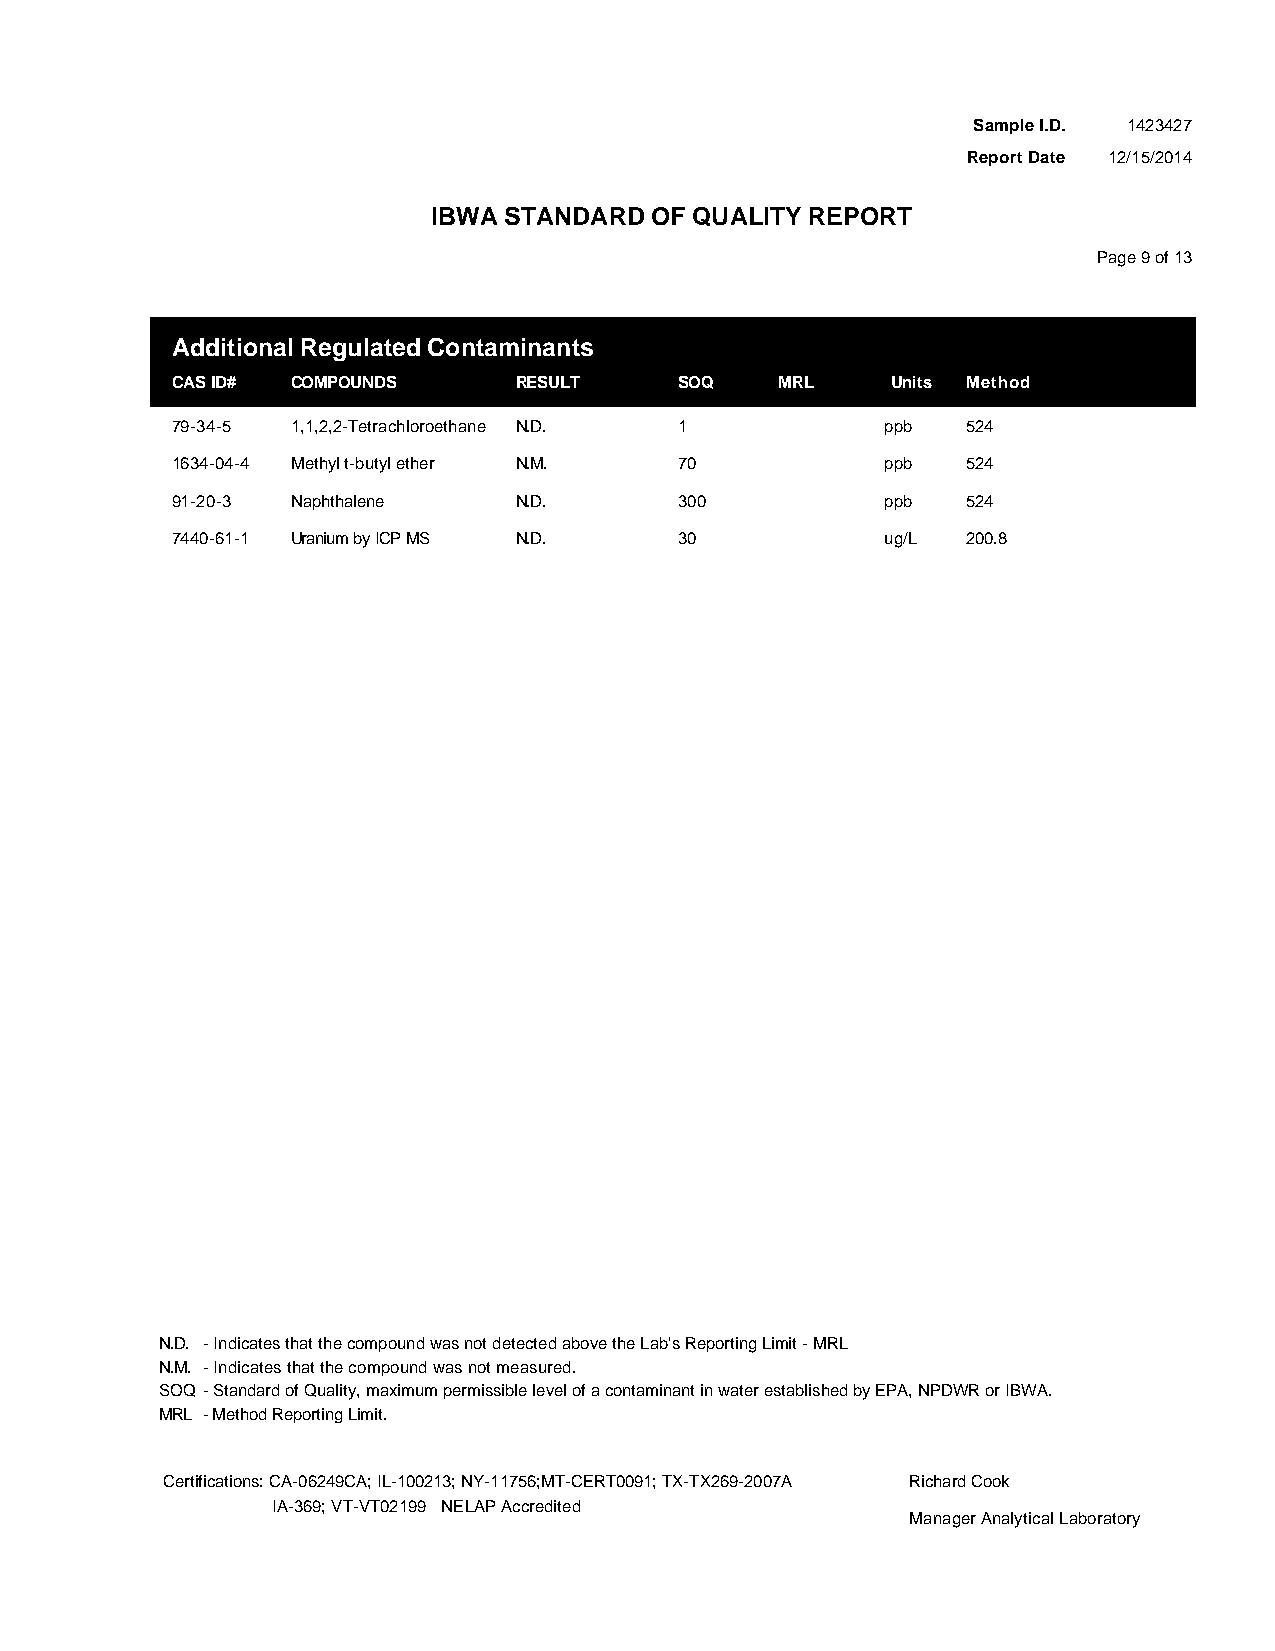
Sample I.D. 1423427
 Report Date 12/15/2014
 IBWA STANDARD OF QUALITY REPORT
 Page 9 of 13
 Additional Regulated Contaminants
 CAS ID# COMPOUNDS      RESULT     SOQ    MRL    Units Method
 79-34-5 1,1,2,2-Tetrachloroethane N.D. 1        ppb  524
 1634-04-4 Methyl t-butyl ether N.M. 70          ppb  524
 91-20-3 Naphthalene    N.D.       300           ppb  524
 7440-61-1 Uranium by ICP MS N.D.  30            ug/L 200.8
 N.D. - Indicates that the compound was not detected above the Lab's Reporting Limit - MRL
 N.M. - Indicates that the compound was not measured.
 SOQ - Standard of Quality, maximum permissible level of a contaminant in water established by EPA, NPDWR or IBWA.
 MRL - Method Reporting Limit.
 Certifications: CA-06249CA; IL-100213; NY-11756;MT-CERT0091; TX-TX269-2007A Richard Cook
 IA-369; VT-VT02199 NELAP Accredited
 Manager Analytical Laboratory